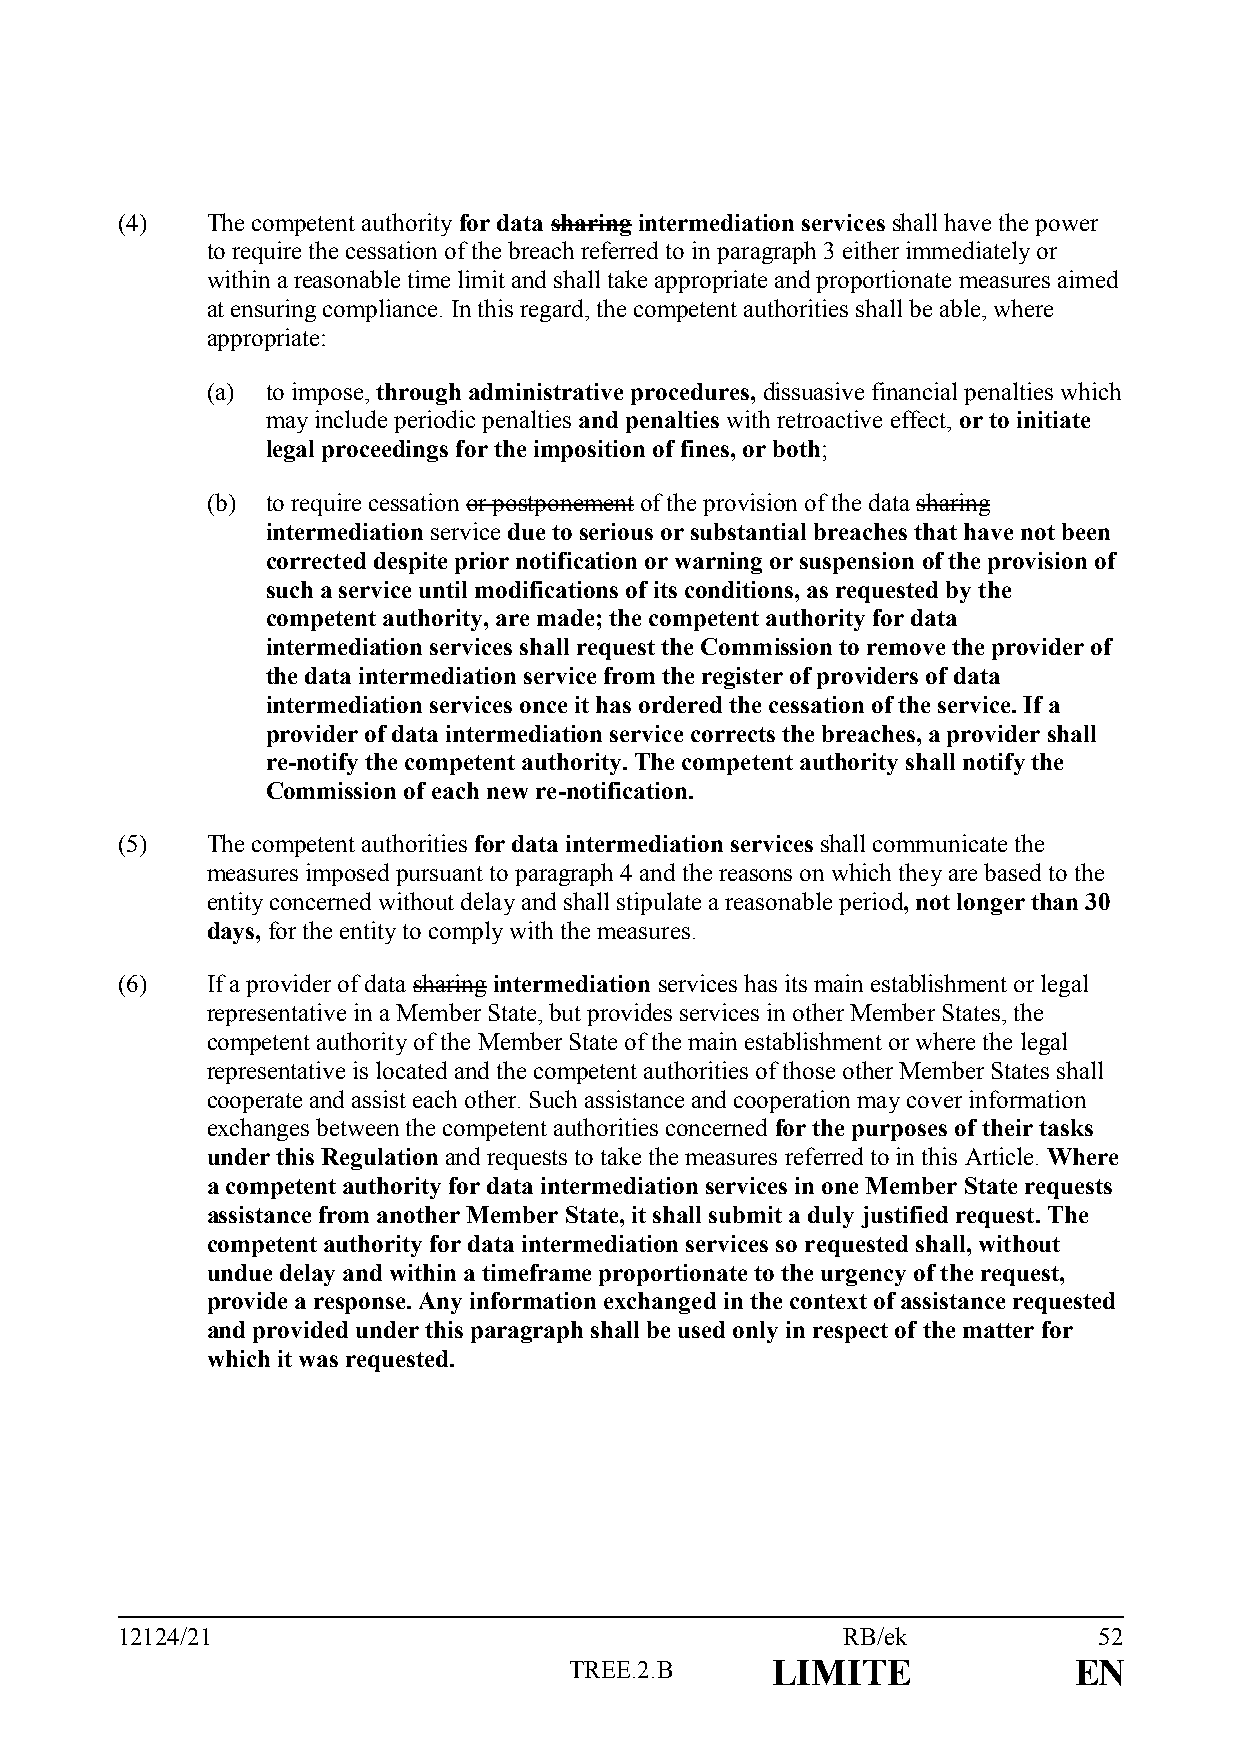
(4)   The competent authority for data sharing intermediation services shall have the power
 to require the cessation of the breach referred to in paragraph 3 either immediately or
 within a reasonable time limit and shall take appropriate and proportionate measures aimed
 at ensuring compliance. In this regard, the competent authorities shall be able, where
 appropriate:
 (a) to impose, through administrative procedures, dissuasive financial penalties which
 may include periodic penalties and penalties with retroactive effect, or to initiate
 legal proceedings for the imposition of fines, or both;
 (b) to require cessation or postponement of the provision of the data sharing
 intermediation service due to serious or substantial breaches that have not been
 corrected despite prior notification or warning or suspension of the provision of
 such a service until modifications of its conditions, as requested by the
 competent authority, are made; the competent authority for data
 intermediation services shall request the Commission to remove the provider of
 the data intermediation service from the register of providers of data
 intermediation services once it has ordered the cessation of the service. If a
 provider of data intermediation service corrects the breaches, a provider shall
 re-notify the competent authority. The competent authority shall notify the
 Commission of each new re-notification.
 (5)   The competent authorities for data intermediation services shall communicate the
 measures imposed pursuant to paragraph 4 and the reasons on which they are based to the
 entity concerned without delay and shall stipulate a reasonable period, not longer than 30
 days, for the entity to comply with the measures.
 (6)   If a provider of data sharing intermediation services has its main establishment or legal
 representative in a Member State, but provides services in other Member States, the
 competent authority of the Member State of the main establishment or where the legal
 representative is located and the competent authorities of those other Member States shall
 cooperate and assist each other. Such assistance and cooperation may cover information
 exchanges between the competent authorities concerned for the purposes of their tasks
 under this Regulation and requests to take the measures referred to in this Article. Where
 a competent authority for data intermediation services in one Member State requests
 assistance from another Member State, it shall submit a duly justified request. The
 competent authority for data intermediation services so requested shall, without
 undue delay and within a timeframe proportionate to the urgency of the request,
 provide a response. Any information exchanged in the context of assistance requested
 and provided under this paragraph shall be used only in respect of the matter for
 which it was requested.
 12124/21                                        RB/ek            52
 TREE.2.B     LIMITE              EN